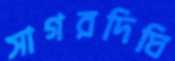
সাগরদিঘি